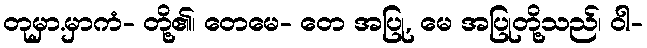
တုမှာ.မှာကံ- တို့၏၊ တေမေ- တေ အပြု, မေ အပြုတို့သည်၊ ဝါ-